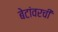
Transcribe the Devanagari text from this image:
बेटांवरची